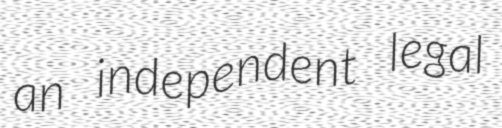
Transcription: an independent legal